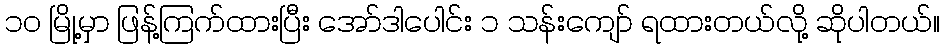
၁၀ မြို့မှာ ဖြန့်ကြက်ထားပြီး အော်ဒါပေါင်း ၁ သန်းကျော် ရထားတယ်လို့ ဆိုပါတယ်။